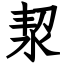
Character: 洯